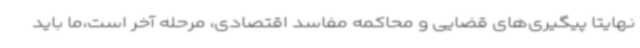
نهایتا پیگیری‌های قضایی و محاکمه مفاسد اقتصادی، مرحله آخر است،ما باید